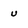
Character: u